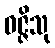
ဝဇ္ဇိသု